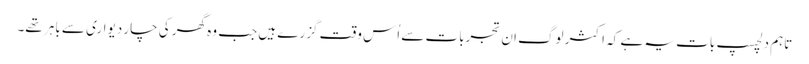
تاہم دلچسپ بات یہ ہے کہ اکثر لوگ ان تجربات سے اُس وقت گزرے ہیں جب وہ گھر کی چار دیواری سے باہر تھے۔